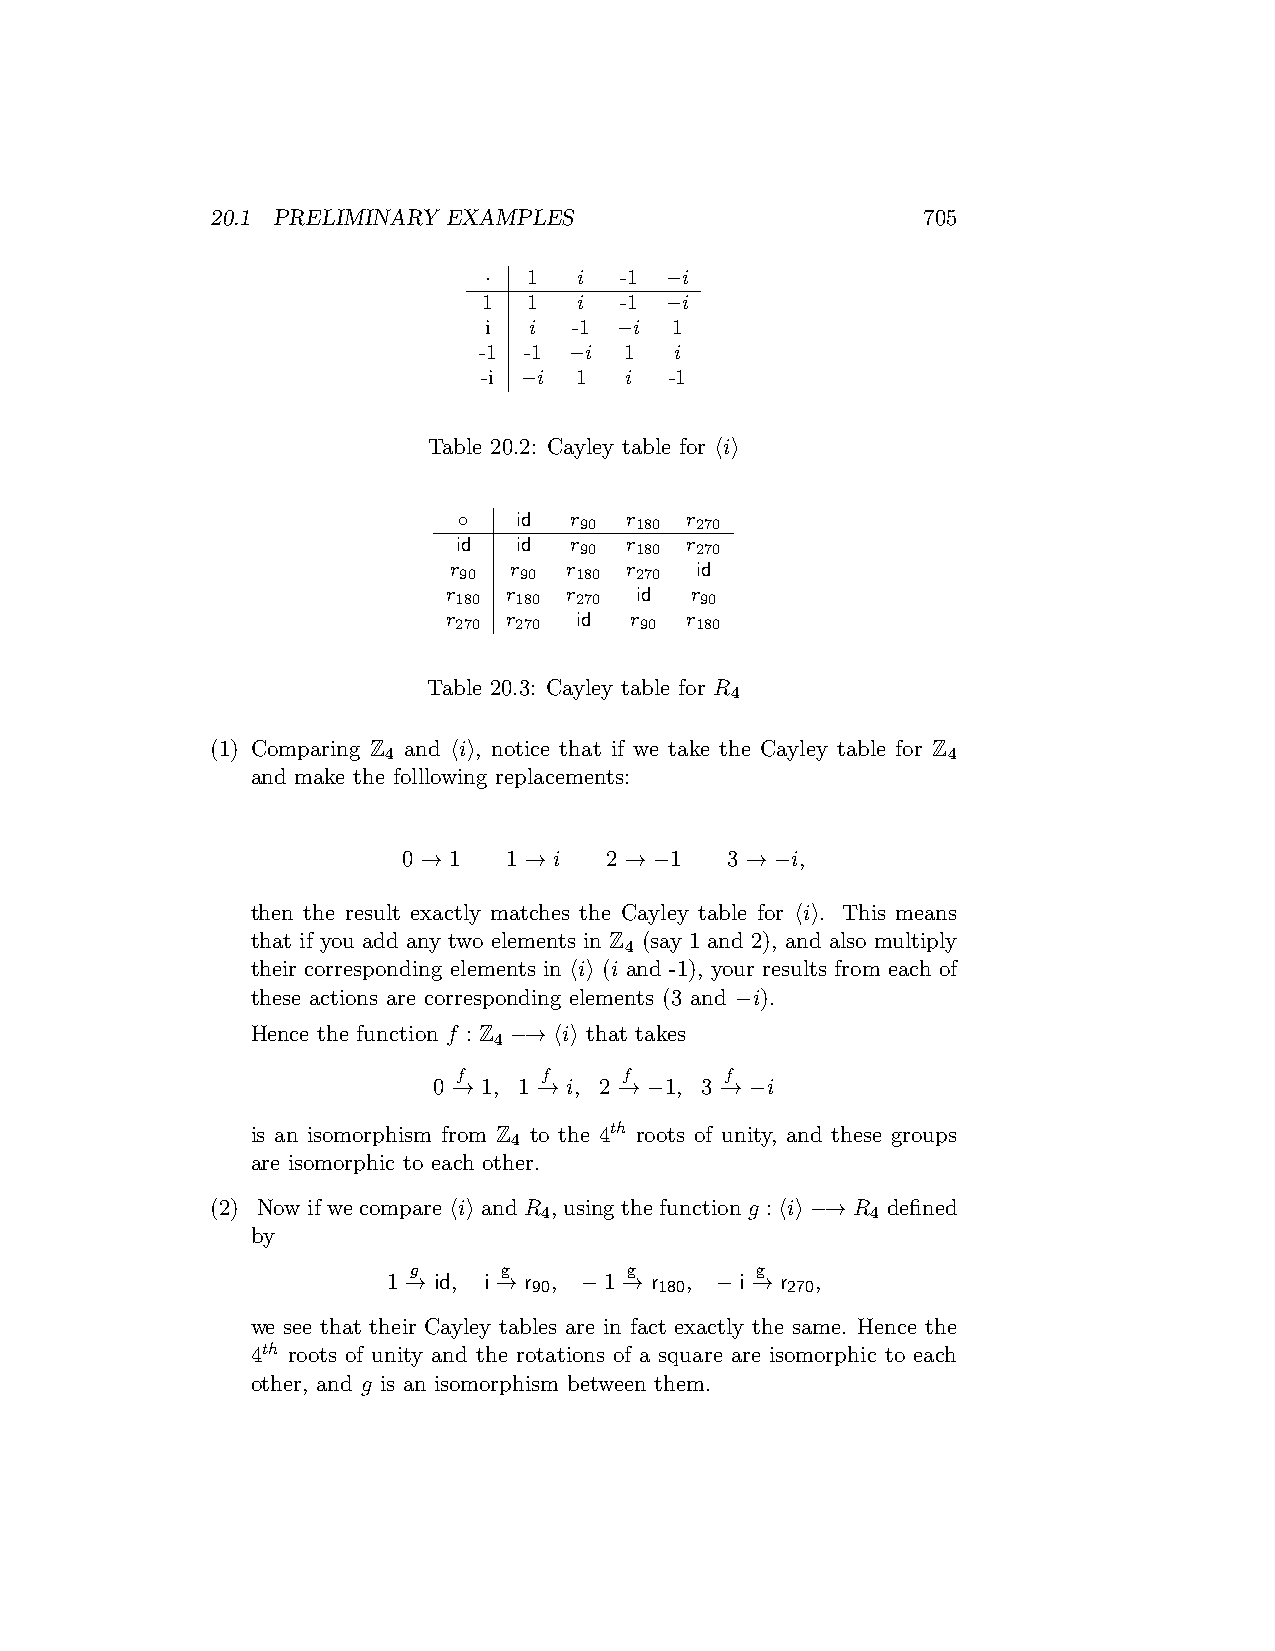
20.1 PRELIMINARY EXAMPLES                      705
 ·  1  i  -1 −i
 1  1  i  -1 −i
 i  i  -1 −i 1
 -1 -1 −i 1   i
 -i −i 1  i  -1
 Table 20.2: Cayley table for ⟨i⟩
 ◦   id  r  r   r
 90  180 270
 id  id  r  r   r
 90  180 270
 r   r  r   r    id
 90  90  180 270
 r   r  r    id  r
 180 180 270     90
 r   r   id  r  r
 270 270     90  180
 Table 20.3: Cayley table for R
 4
 (1) Comparing Z and ⟨i⟩, notice that if we take the Cayley table for Z
 4                                     4
 and make the folllowing replacements:
 0 → 1 1 → i  2 → −1  3 → −i,
 then the result exactly matches the Cayley table for ⟨i⟩. This means
 that if you add any two elements in Z (say 1 and 2), and also multiply
 4
 their corresponding elements in ⟨i⟩ (i and -1), your results from each of
 these actions are corresponding elements (3 and −i).
 Hence the function f : Z −→ ⟨i⟩ that takes
 4
 f     f    f      f
 0 −→ 1, 1 −→ i, 2 −→ −1, 3 −→ −i
 is an isomorphism from Z to the 4th roots of unity, and these groups
 4
 are isomorphic to each other.
 (2) Now if we compare ⟨i⟩ and R , using the function g : ⟨i⟩ −→ R defined
 4                     4
 by
 g     g        g       g
 1 →− id, i →− r , −1 →− r , −i →− r ,
 90       180     270
 we see that their Cayley tables are in fact exactly the same. Hence the
 4th roots of unity and the rotations of a square are isomorphic to each
 other, and g is an isomorphism between them.